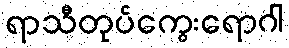
ရာသီတုပ်ကွေးရောဂါ